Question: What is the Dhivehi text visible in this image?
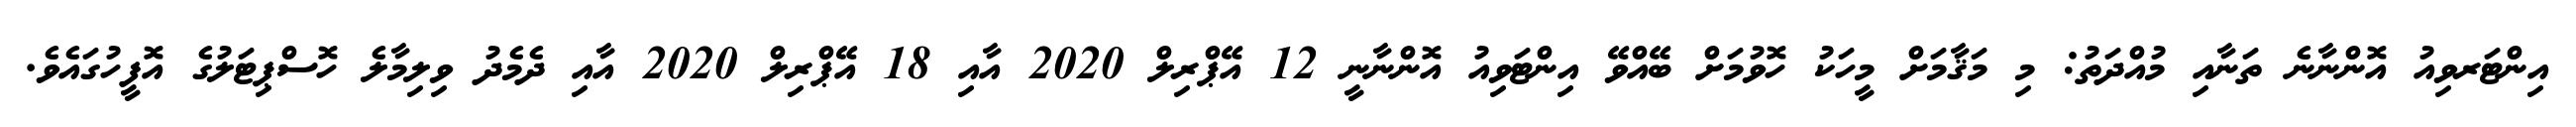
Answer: އިންޓަރވިއު އޮންނާނެ ތަނާއި މުއްދަތު: މި މަޤާމަށް މީހަކު ހޮވުމަށް ބޭއްވޭ އިންޓަވިއު އޮންނާނީ 12 އޭޕްރިލް 2020 އާއި 18 އޭޕްރިލް 2020 އާއި ދެމެދު ވިލިމާލެ ހޮސްޕިޓަލުގެ އޮފީހުގައެވެ.